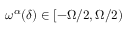
\omega ^ { \alpha } ( \delta ) \in [ - \Omega / 2 , \Omega / 2 )